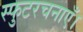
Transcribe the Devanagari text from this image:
स्फुटरचनाएँ।